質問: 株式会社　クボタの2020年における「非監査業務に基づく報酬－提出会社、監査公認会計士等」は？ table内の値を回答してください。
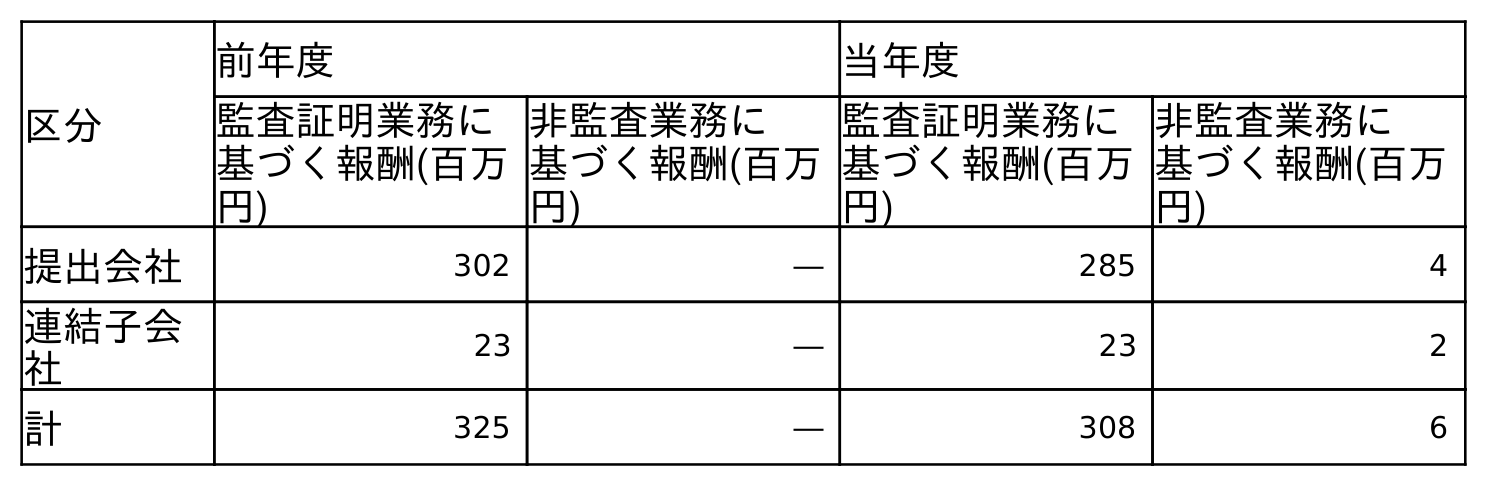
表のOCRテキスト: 区分 前年度 当年度 監査証明業務に 基づく報酬(百万 円) 非監査業務に 基づく報酬(百万 円) 監査証明業務に 基づく報酬(百万 円) 非監査業務に 基づく報酬(百万 円) 提出会社 302 ― 285 4 連結子会 社 23 ― 23 2 計 325 ― 308 6
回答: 4